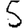
Digit: 5